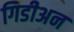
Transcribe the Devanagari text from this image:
गिडीअन